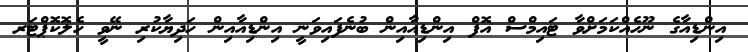
އިންޑިއާގެ ނޫހެއްކަމަށްވާ ޓައިމްސް އޮފް އިންޑިއާއިން ބުނެފައިވަނީ އިންޑިއާއިން ހަދިޔާކުރި ނޭވީ ހެލޮކޮޕްޓަރ